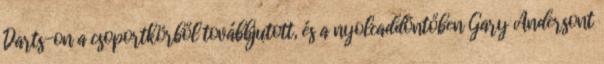
Darts-on a csoportkörből továbbjutott, és a nyolcaddöntőben Gary Andersont